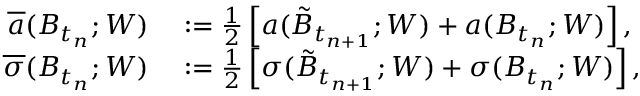
\begin{array} { r l } { \overline { { a } } ( B _ { t _ { n } } ; W ) } & { { } : = \frac { 1 } { 2 } \left[ a ( \tilde { B } _ { t _ { n + 1 } } ; W ) + a ( B _ { t _ { n } } ; W ) \right] , } \\ { \overline { { \sigma } } ( B _ { t _ { n } } ; W ) } & { { } : = \frac { 1 } { 2 } \left[ \sigma ( \tilde { B } _ { t _ { n + 1 } } ; W ) + \sigma ( B _ { t _ { n } } ; W ) \right] , } \end{array}